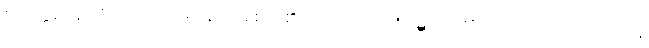
စတုတ္ထဈာန် တို့သည်။ ဝိပဿနာယစေဝ၊ ၏လည်းကောင်း။ ဝဋ္ဋဿ၊ ၏လည်းကောင်း။ ပါဒကာနိ